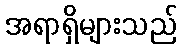
အရာရှိများသည်